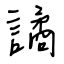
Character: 譎